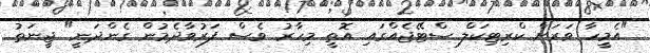
"އެމީހާ ވަރަށް ކްރިޓިކަލް ސްޓޭޖެއްގައި އޮތީ މިހާރު ވެސް ފަރުވާދެމުން ގެންދަނީ" ޖީނަތު